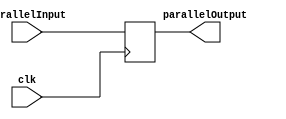
`timescale 1ns/1ns

module register (output reg [7:0]parallelOutput, input [7:0]parallelInput, input clk);

initial begin
parallelOutput = 0;
end


always @(posedge clk)
begin
parallelOutput =  parallelInput;
end

endmodule //register